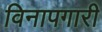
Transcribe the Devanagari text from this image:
विनापगारी